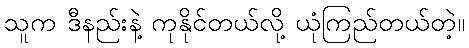
သူက ဒီနည်းနဲ့ ကုနိုင်တယ်လို့ ယုံကြည်တယ်တဲ့။